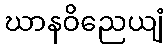
ဃာနဝိညေယျံ